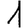
Digit: 1